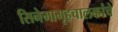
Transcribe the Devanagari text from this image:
सिनेमागृहचालकांचे